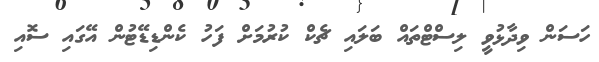
ހަސަން ވިދާޅުވީ ލިސްޓްތައް ބަލައި ޗެކް ކުރުމަށް ފަހު ކެންޑިޑޭޓުން އޭގައި ސޮއި